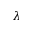
\lambda